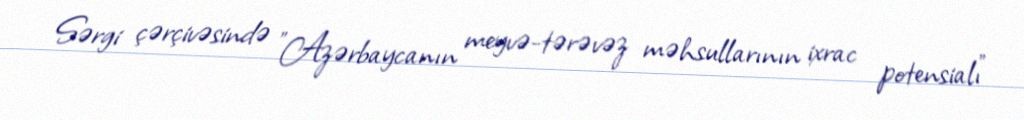
Sərgi çərçivəsində "Azərbaycanın meyvə-tərəvəz məhsullarının ixrac potensialı"